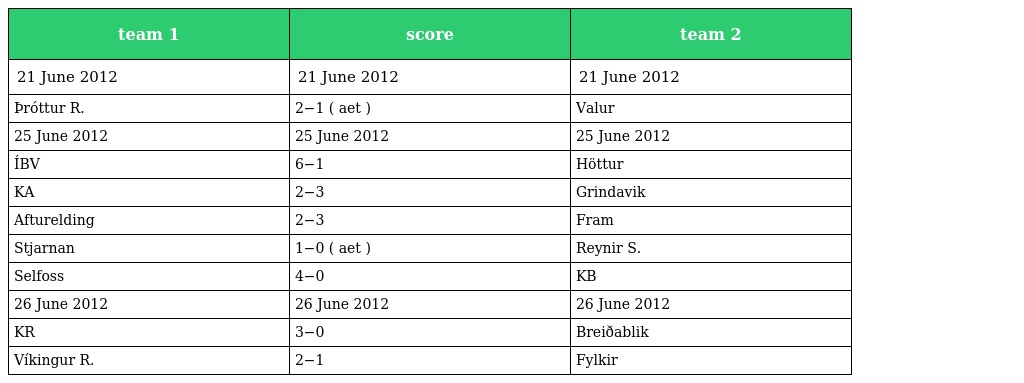
| team 1 | score | team 2 |
 | --- | --- | --- |
 | 21 June 2012 | 21 June 2012 | 21 June 2012 |
 | Þróttur R. | 2−1 ( aet ) | Valur |
 | 25 June 2012 | 25 June 2012 | 25 June 2012 |
 | ÍBV | 6−1 | Höttur |
 | KA | 2−3 | Grindavik |
 | Afturelding | 2−3 | Fram |
 | Stjarnan | 1−0 ( aet ) | Reynir S. |
 | Selfoss | 4−0 | KB |
 | 26 June 2012 | 26 June 2012 | 26 June 2012 |
 | KR | 3−0 | Breiðablik |
 | Víkingur R. | 2−1 | Fylkir |